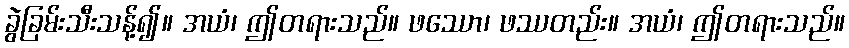
ခွဲခြမ်းသီးသန့်၍။ အယံ၊ ဤတရားသည်။ ဖဿော၊ ဖဿတည်း။ အယံ၊ ဤတရားသည်။